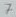
Text: 7